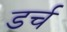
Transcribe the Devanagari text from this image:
डर्च